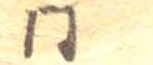
同